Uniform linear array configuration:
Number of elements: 16
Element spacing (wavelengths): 0.75
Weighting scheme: blackman
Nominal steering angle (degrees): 45
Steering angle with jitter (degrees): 44.66
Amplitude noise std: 0.05
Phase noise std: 0.05

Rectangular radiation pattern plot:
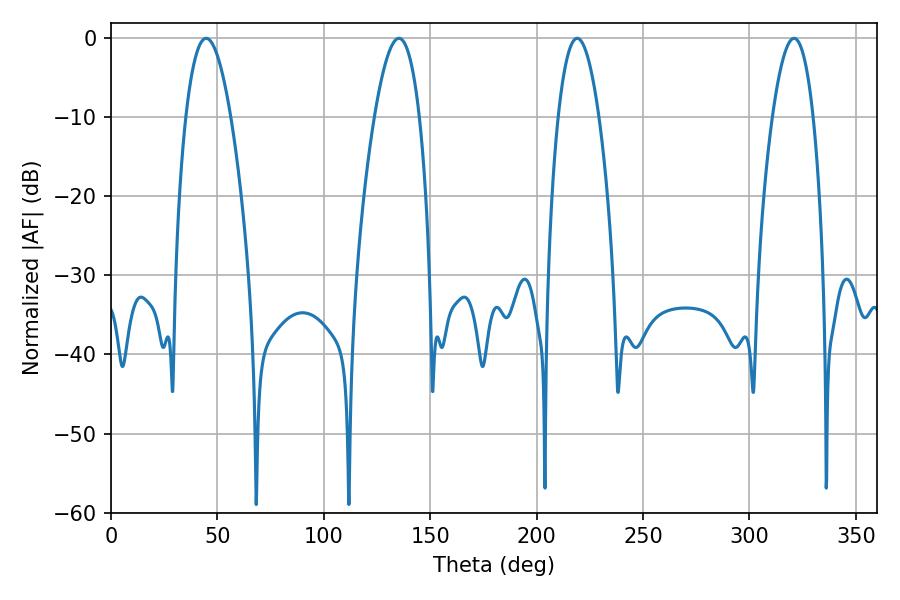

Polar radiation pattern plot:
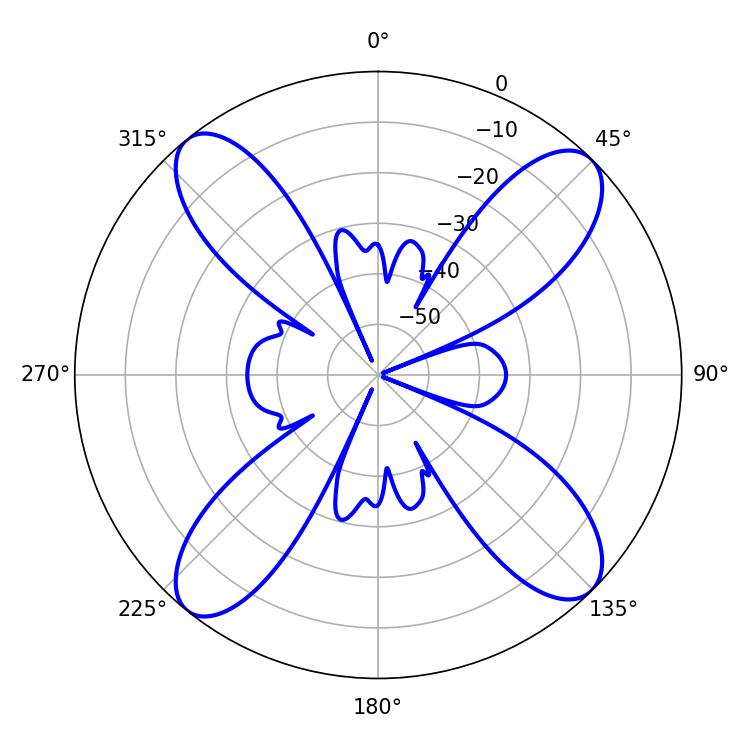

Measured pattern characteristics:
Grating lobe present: TRUE
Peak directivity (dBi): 15.414
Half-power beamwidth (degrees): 10.44
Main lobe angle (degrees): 219.06